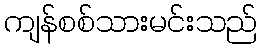
ကျန်စစ်သားမင်းသည်